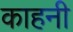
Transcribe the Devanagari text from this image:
काहनी